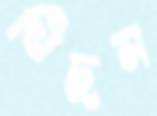
খিঁচুন